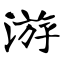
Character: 游